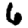
Digit: 6